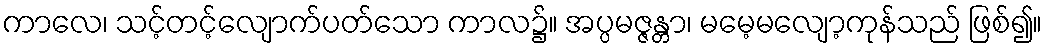
ကာလေ၊ သင့်တင့်လျောက်ပတ်သော ကာလ၌။ အပ္ပမဇ္ဇန္တာ၊ မမေ့မလျော့ကုန်သည် ဖြစ်၍။